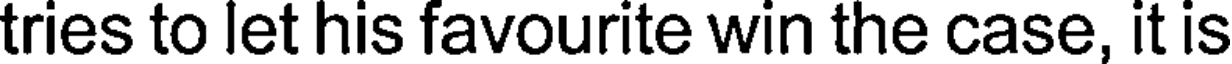
tries to let his favourite win the case, it is